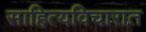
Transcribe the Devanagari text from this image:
साहित्यविचारात